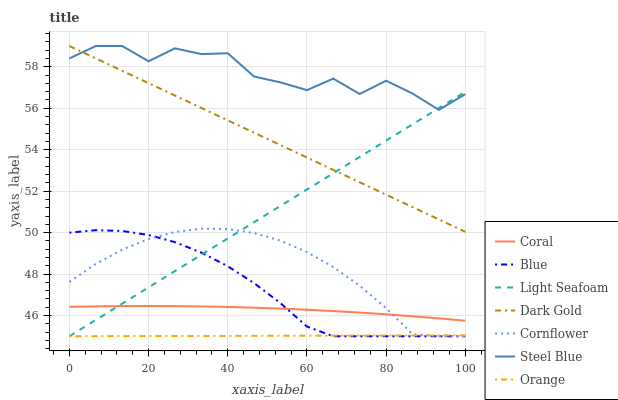
| xaxis_label | Coral | Blue | Light Seafoam | Dark Gold | Cornflower | Steel Blue | Orange |
 | --- | --- | --- | --- | --- | --- | --- | --- |
 | 0 | 46.4 | 50 | 45 | 59 | 47.6 | 58.4 | 45 |
 | 6.67 | 46.4 | 50.1 | 45.8 | 58.4 | 48.5 | 59 | 45 |
 | 13.3 | 46.5 | 50.1 | 46.6 | 57.8 | 49.2 | 59 | 45 |
 | 20 | 46.5 | 49.9 | 47.4 | 57.2 | 49.7 | 58.3 | 45 |
 | 26.7 | 46.5 | 49.5 | 48.1 | 56.6 | 50 | 58.9 | 45 |
 | 33.3 | 46.4 | 49 | 48.9 | 56 | 50.2 | 58.6 | 45 |
 | 40 | 46.4 | 48.4 | 49.7 | 55.4 | 50.2 | 58.7 | 45 |
 | 46.7 | 46.4 | 47.6 | 50.5 | 54.8 | 50 | 57.5 | 45 |
 | 53.3 | 46.3 | 46.6 | 51.3 | 54.2 | 49.6 | 57.2 | 45 |
 | 60 | 46.3 | 45.5 | 52.1 | 53.6 | 49.1 | 56.9 | 45 |
 | 66.7 | 46.2 | 45 | 52.9 | 53 | 48.3 | 57.4 | 45 |
 | 73.3 | 46.1 | 45 | 53.6 | 52.4 | 47.4 | 56.7 | 45 |
 | 80 | 46.1 | 45 | 54.4 | 51.8 | 46.4 | 57.3 | 45 |
 | 86.7 | 46 | 45 | 55.2 | 51.2 | 45.1 | 56.7 | 45 |
 | 93.3 | 45.9 | 45 | 56 | 50.6 | 45 | 55.9 | 45 |
 | 100 | 45.7 | 45 | 56.8 | 50 | 45 | 56.7 | 45 |